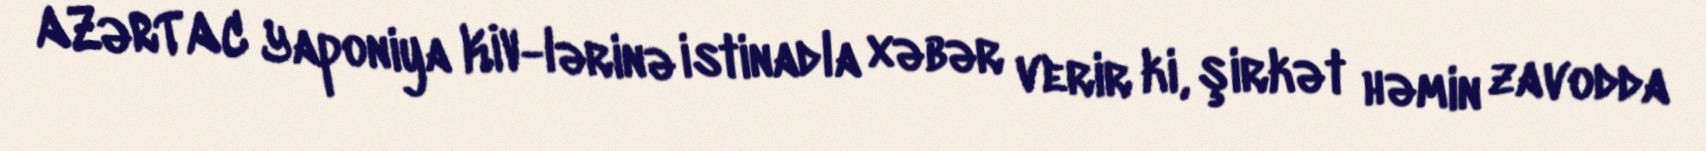
AZƏRTAC Yaponiya KİV-lərinə istinadla xəbər verir ki, şirkət həmin zavodda